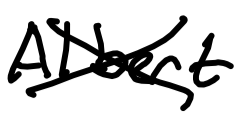
Text: Albert
Cross-out: cross
Writing tool: digital_black